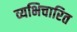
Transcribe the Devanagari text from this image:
व्यभिचारित